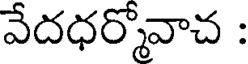
వేదధర్మోవాచ :